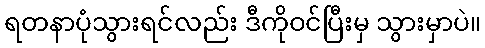
ရတနာပုံသွားရင်လည်း ဒီကိုဝင်ပြီးမှ သွားမှာပဲ။